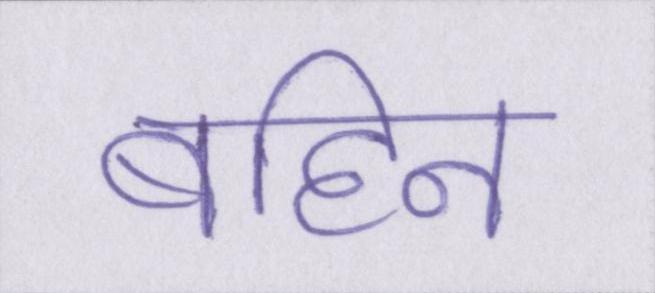
बहिन